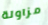
مزاولة